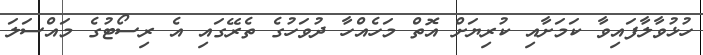
ހުޅުވާލާފައިވާ ކަމަށާއި ކުރިޔަށް އޮތް މަހެއްހާ ދުވަހުގެ ތެރޭގައި އެ ރިސޯޓުގެ މައްސަލަ